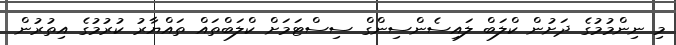
މި ނިންމުމުގެ ދަށުން ކްލަބް ލައިސެންސިންގް ސިސްޓަމަށް ކްލަބްތައް ތައްޔާރު ކުރުމުގެ އިތުރުން